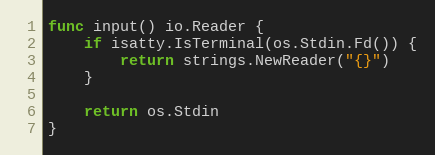
Language: Go
func input() io.Reader {
	if isatty.IsTerminal(os.Stdin.Fd()) {
		return strings.NewReader("{}")
	}

	return os.Stdin
}